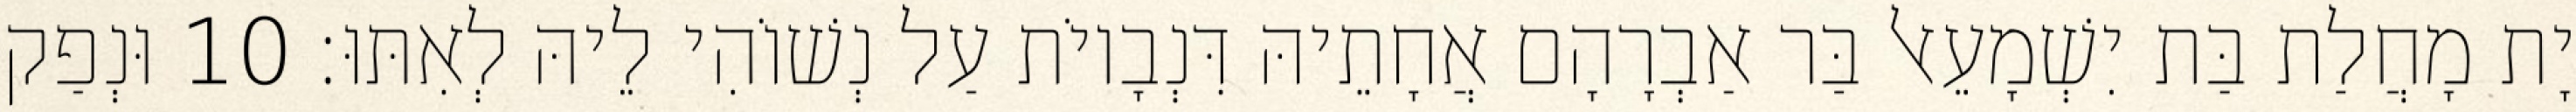
יָת מָחֲלַת בַּת יִשְׁמָעֵאל בַּר אַבְרָהָם אֲחָתֵיהּ דִּנְבָיוֹת עַל נְשׁוֹהִי לֵיהּ לְאִתּוּ׃ 10 וּנְפַק